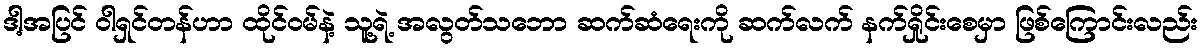
ဒါ့အပြင် ဝါရှင်တန်ဟာ ထိုင်ဝမ်နဲ့ သူ့ရဲ့ အလွတ်သဘော ဆက်ဆံရေးကို ဆက်လက် နက်ရှိုင်းစေမှာ ဖြစ်ကြောင်းလည်း